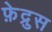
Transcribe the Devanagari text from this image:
फ़ेद्रुस